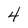
Character: 4